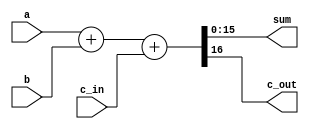
module adder(a, b, c_in, sum, c_out);
input [15:0] a;
input [15:0] b;
input c_in;
output [15:0] sum;
output c_out;
assign {c_out, sum} = a + b + c_in;
endmodule